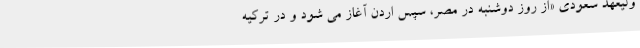
ولیعهد سعودی «از روز دوشنبه در مصر، سپس اردن آغاز می شود و در ترکیه